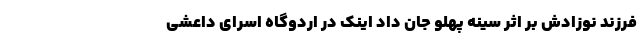
فرزند نوزادش بر اثر سینه پهلو جان داد اینک در اردوگاه اسرای داعشی